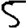
Digit: 5